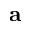
\bf a